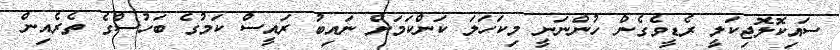
ސައިކޮލޮޖިކަލީ ރެޑީވެގެން ހުންނަނީ މިކަހަލަ ކަންކަމަށް ނައިބު ރައީސް ކަމުގެ ބަހުސްގެ ތެރެއިން